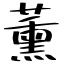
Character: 薰